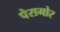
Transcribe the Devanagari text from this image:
पेरामोर